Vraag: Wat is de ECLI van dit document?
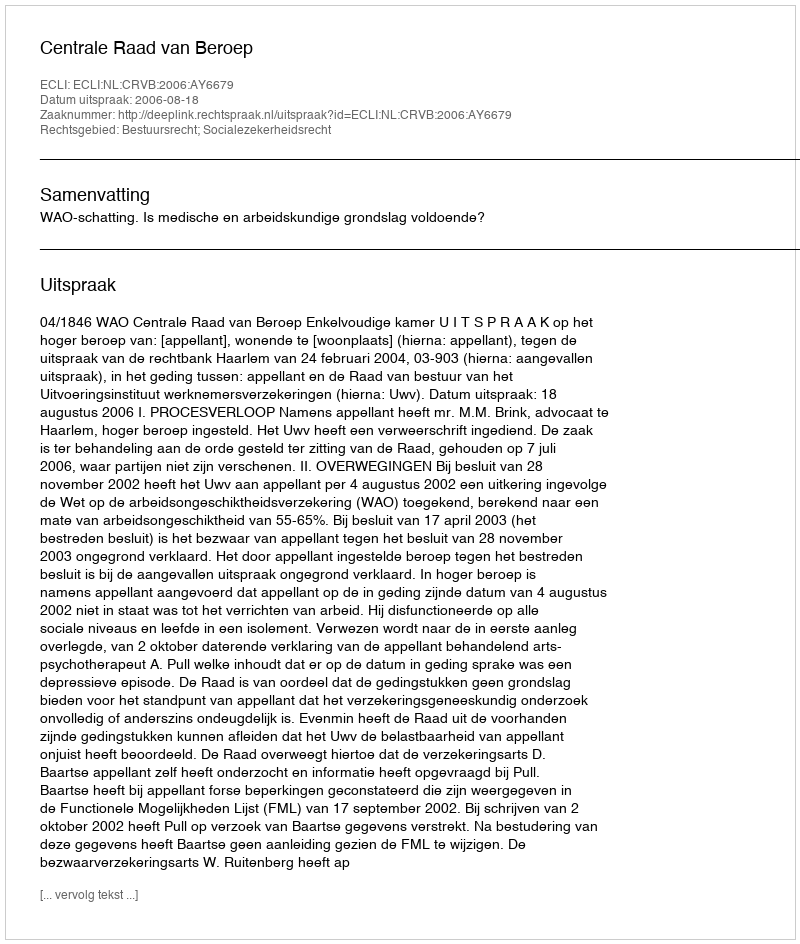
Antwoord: ECLI:NL:CRVB:2006:AY6679